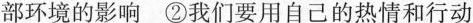
部环境的影响 ②我们要用自己的热情和